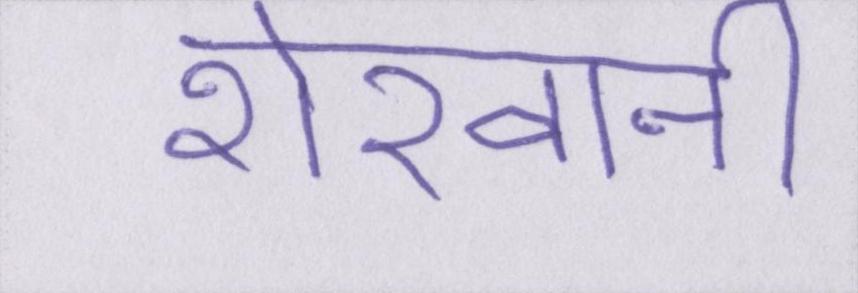
शेरवानी